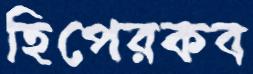
হিপেরকব